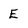
Character: E